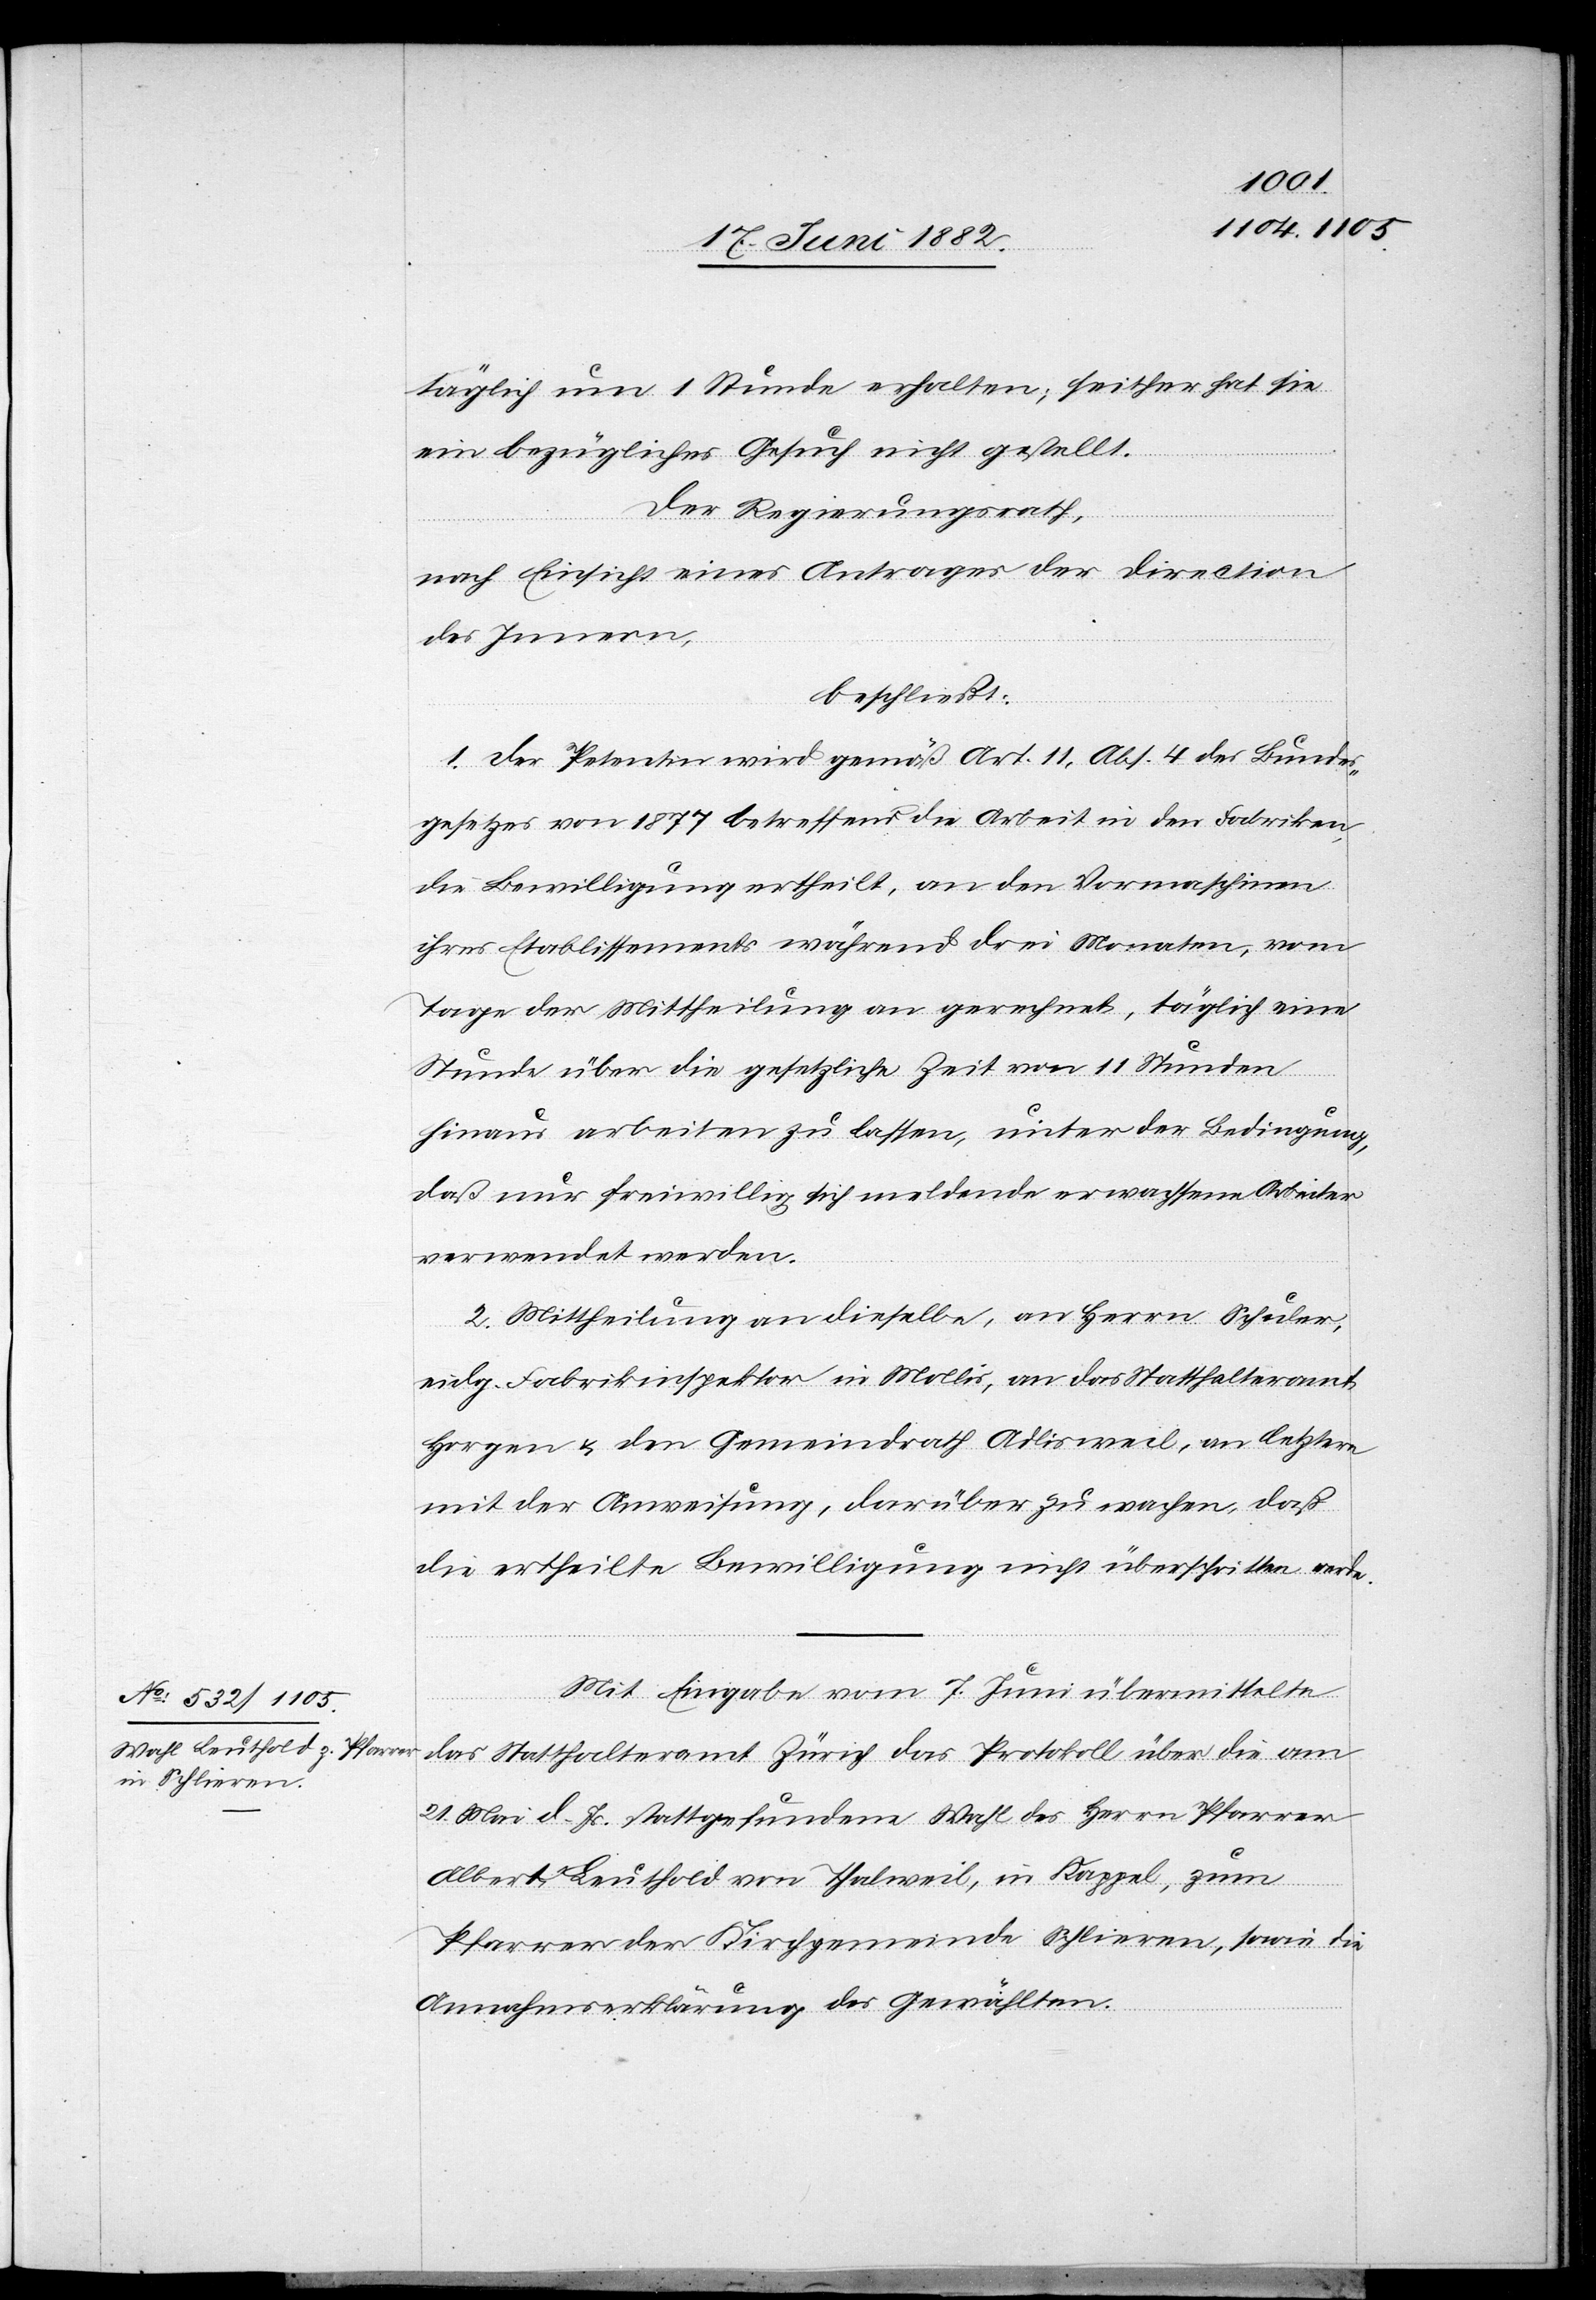
täglich um 1 Stunde erhalten; seither hat sie
ein bezügliches Gesuch nicht gestellt.
Der Regierungsrath,
nach Einsicht eines Antrages der Direction
des Innern,
beschließt:
1. Der Petentin wird gemäß Art. 11, Abs. 4 des Bundes¬
gesetzes von 1877 betreffend die Arbeit in den Fabriken,
die Bewilligung ertheilt, an den Vormaschinen
ihres Etablissement während drei Monaten, vom
Tage der Mittheilung an gerechnet, täglich eine
Stunde über die gesetzliche Zeit von 11 Stunden
hinaus arbeiten zu lassen, unter der Bedingung,
daß nur freiwillig sich meldende erwachsene Arbeiter
verwendet werden.
2. Mittheilung an dieselbe, an Herrn Schuler,
eidg. Fabrikinspektor in Mollis, an das Statthalteramt
Horgen & den Gemeindrath Adlisweil, an letztere
mit der Anweisung, darüber zu wachen, daß
die ertheilte Bewilligung nicht überschritten werde.
Mit Eingabe vom 7. Juni übermittelte
das Statthalteramt Zürich das Protokoll über die am
21. Mai d. Js. stattgefundene Wahl des Herrn Pfarrer
Albert Leuthold von Thalweil, in Kappel, zum
Pfarrer der Kirchgemeinde Schlieren, sowie die
Annahmserklärung des Gewählten.